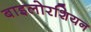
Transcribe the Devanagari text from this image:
बाइलोरशियन